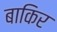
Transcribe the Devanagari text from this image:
बाकिर